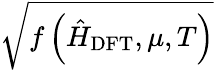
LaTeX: \sqrt{f\left(\hat{H}_{\mathrm{DFT}},\mu,T\right)}